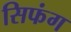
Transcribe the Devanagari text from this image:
सिफंग